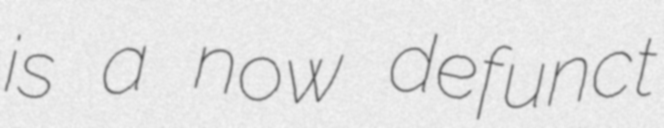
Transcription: is a now defunct